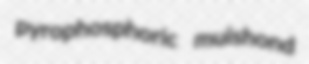
pyrophosphoric muishond